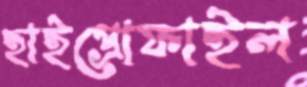
হাইপ্রোফাইল